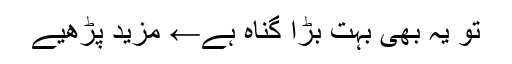
تو یہ بھی بہت بڑا گناہ ہے← مزید پڑھیے